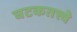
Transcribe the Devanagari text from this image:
घटकतत्त्वे